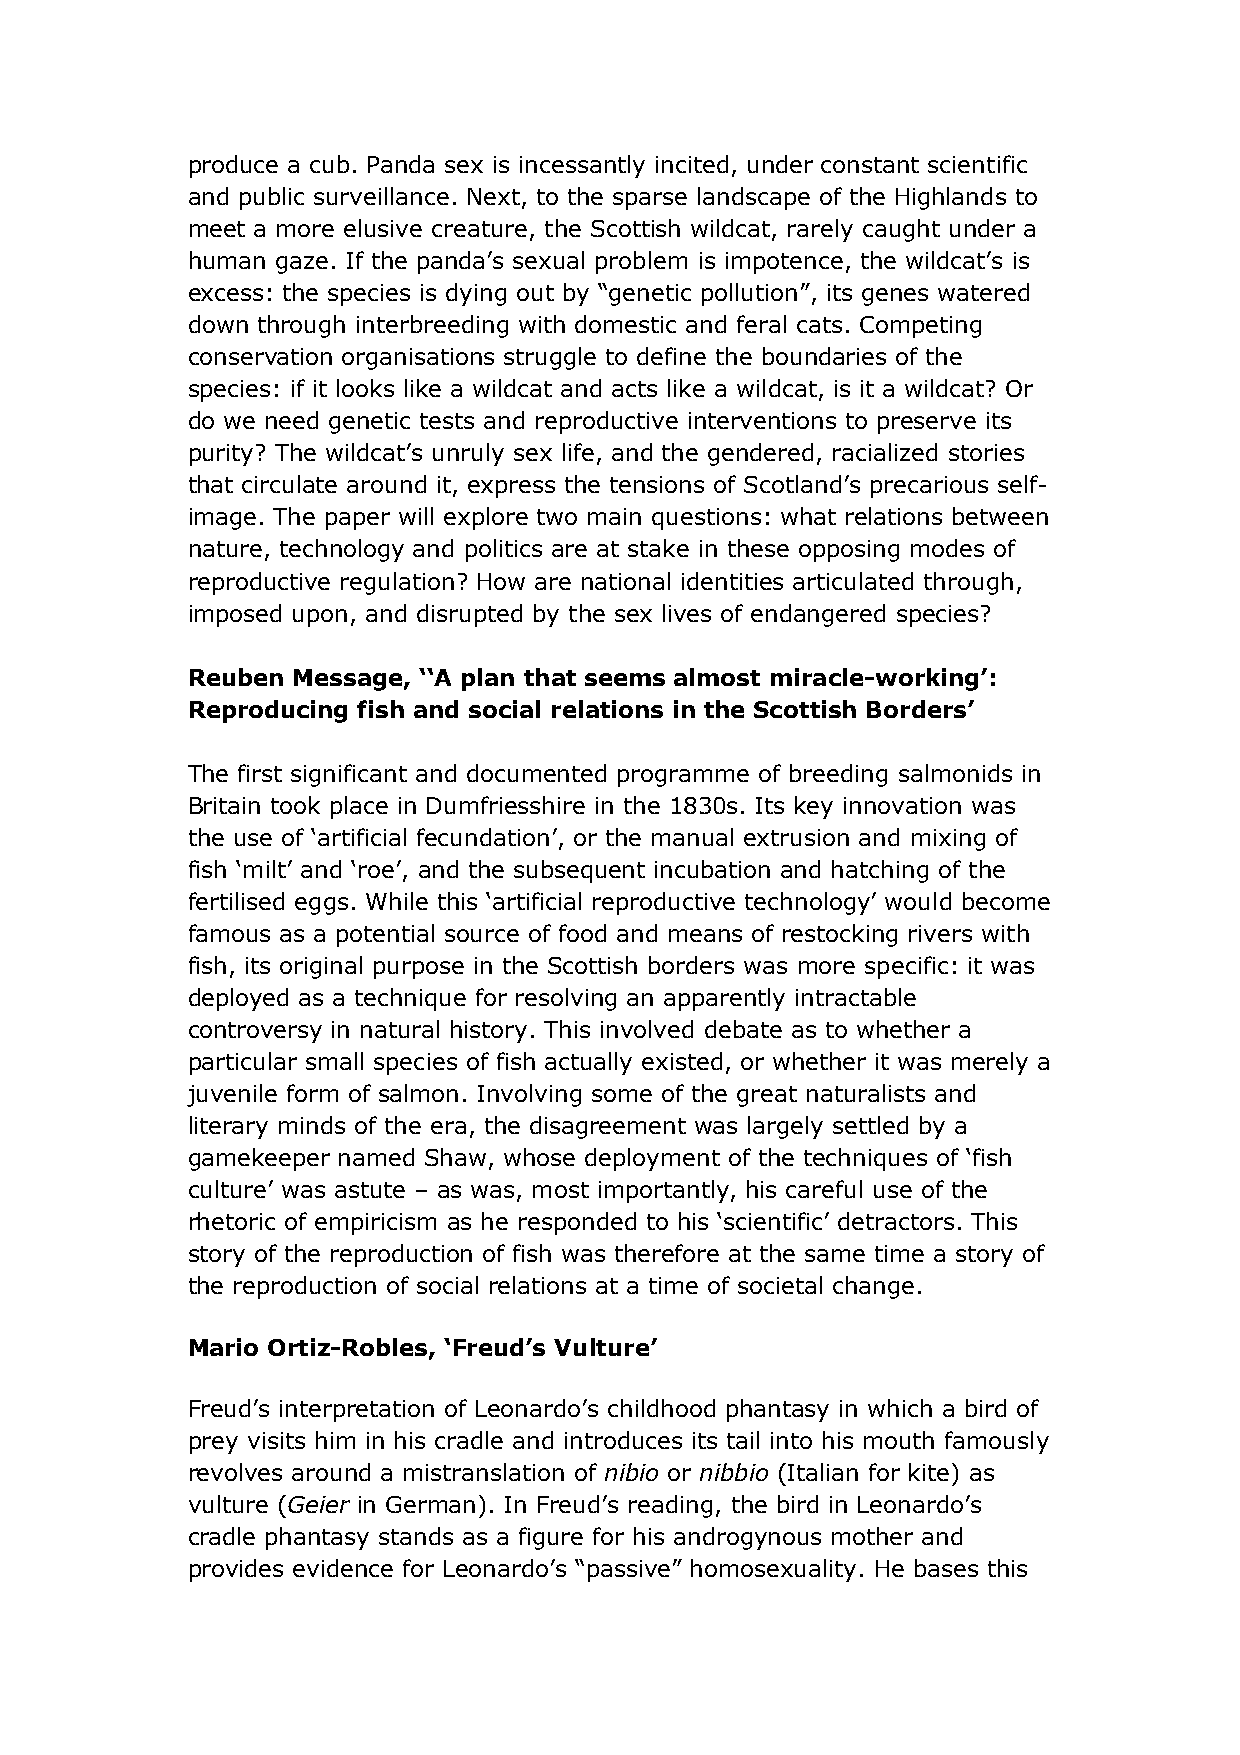
produce a cub. Panda sex is incessantly incited, under constant scientific
 and public surveillance. Next, to the sparse landscape of the Highlands to
 meet a more elusive creature, the Scottish wildcat, rarely caught under a
 human gaze. If the panda’s sexual problem is impotence, the wildcat’s is
 excess: the species is dying out by “genetic pollution”, its genes watered
 down through interbreeding with domestic and feral cats. Competing
 conservation organisations struggle to define the boundaries of the
 species: if it looks like a wildcat and acts like a wildcat, is it a wildcat? Or
 do we need genetic tests and reproductive interventions to preserve its
 purity? The wildcat’s unruly sex life, and the gendered, racialized stories
 that circulate around it, express the tensions of Scotland’s precarious self-
 image. The paper will explore two main questions: what relations between
 nature, technology and politics are at stake in these opposing modes of
 reproductive regulation? How are national identities articulated through,
 imposed upon, and disrupted by the sex lives of endangered species?
 Reuben Message, ‘‘A plan that seems almost miracle-working’:
 Reproducing fish and social relations in the Scottish Borders’
 The first significant and documented programme of breeding salmonids in
 Britain took place in Dumfriesshire in the 1830s. Its key innovation was
 the use of ‘artificial fecundation’, or the manual extrusion and mixing of
 fish ‘milt’ and ‘roe’, and the subsequent incubation and hatching of the
 fertilised eggs. While this ‘artificial reproductive technology’ would become
 famous as a potential source of food and means of restocking rivers with
 fish, its original purpose in the Scottish borders was more specific: it was
 deployed as a technique for resolving an apparently intractable
 controversy in natural history. This involved debate as to whether a
 particular small species of fish actually existed, or whether it was merely a
 juvenile form of salmon. Involving some of the great naturalists and
 literary minds of the era, the disagreement was largely settled by a
 gamekeeper named Shaw, whose deployment of the techniques of ‘fish
 culture’ was astute – as was, most importantly, his careful use of the
 rhetoric of empiricism as he responded to his ‘scientific’ detractors. This
 story of the reproduction of fish was therefore at the same time a story of
 the reproduction of social relations at a time of societal change.
 Mario Ortiz-Robles, ‘Freud’s Vulture’
 Freud’s interpretation of Leonardo’s childhood phantasy in which a bird of
 prey visits him in his cradle and introduces its tail into his mouth famously
 revolves around a mistranslation of nibio or nibbio (Italian for kite) as
 vulture (Geier in German). In Freud’s reading, the bird in Leonardo’s
 cradle phantasy stands as a figure for his androgynous mother and
 provides evidence for Leonardo’s “passive” homosexuality. He bases this